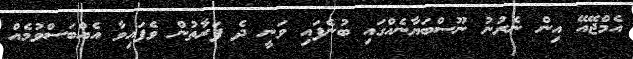
އެމްޖޭއޭ އިން ނެރުނު ނޫސްބަޔާނެއްގައި ބުނެފައި ވަނީ ދެ ފަރާތުން ވެފައިވާ އެއްބަސްވުމެއް